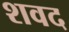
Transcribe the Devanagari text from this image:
शवद